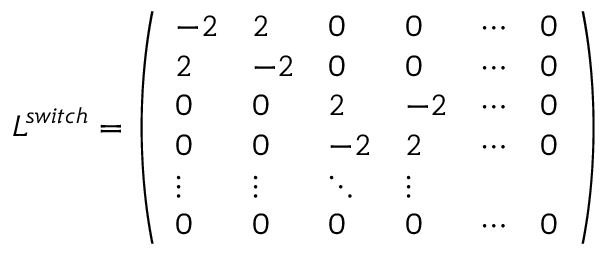
L ^ { s w i t c h } = \left( \begin{array} { l l l l l l } { - 2 } & { 2 } & { 0 } & { 0 } & { \cdots } & { 0 } \\ { 2 } & { - 2 } & { 0 } & { 0 } & { \cdots } & { 0 } \\ { 0 } & { 0 } & { 2 } & { - 2 } & { \cdots } & { 0 } \\ { 0 } & { 0 } & { - 2 } & { 2 } & { \cdots } & { 0 } \\ { \vdots } & { \vdots } & { \ddots } & { \vdots } \\ { 0 } & { 0 } & { 0 } & { 0 } & { \cdots } & { 0 } \end{array} \right)